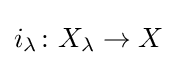
i_{\lambda }\colon X_{\lambda }\to X